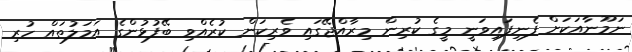
ނަމޫނާއަކަށް ފެނިފައިވަނީ މީގެ ކުރިން މިރާއްޖޭގައި ވެރިކަން ކުރެއްވި ބޭފުޅުންގެ އަމަލުތައް ހުރި